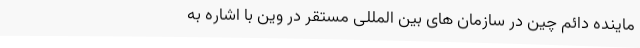
ماینده دائم چین در سازمان های بین المللی مستقر در وین با اشاره به